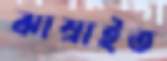
ঝাম্‌রাইত